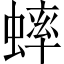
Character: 蟀